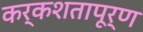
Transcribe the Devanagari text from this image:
कर्कशतापूर्ण